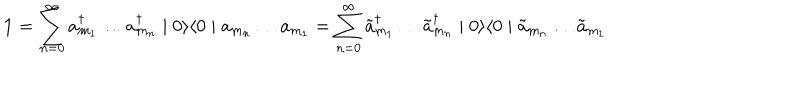
LaTeX: \textbf { 1 } = \sum _ { n = 0 } ^ { \infty } a _ { m _ { 1 } } ^ { \dagger } \ldots a _ { m _ { n } } ^ { \dagger } \mid 0 \rangle \langle 0 \mid a _ { m _ { n } } \ldots a _ { m _ { 1 } } = \sum _ { n = 0 } ^ { \infty } \tilde { a } _ { m _ { 1 } } ^ { \dagger } \ldots \tilde { a } _ { m _ { n } } ^ { \dagger } \mid 0 \rangle \langle 0 \mid \tilde { a } _ { m _ { n } } \ldots \tilde { a } _ { m _ { 1 } }